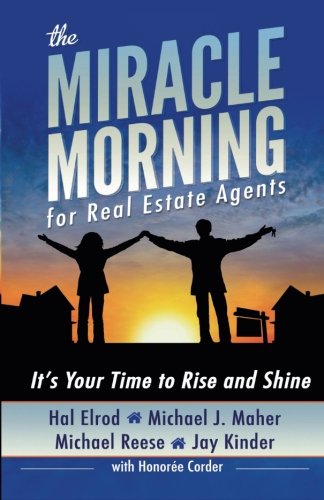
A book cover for The Miracle Morning for Real Estate Agents: It's Your Time to Rise and Shine (The Miracle Morning Book Series) (Volume 2); Hal Elrod; Business & Money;